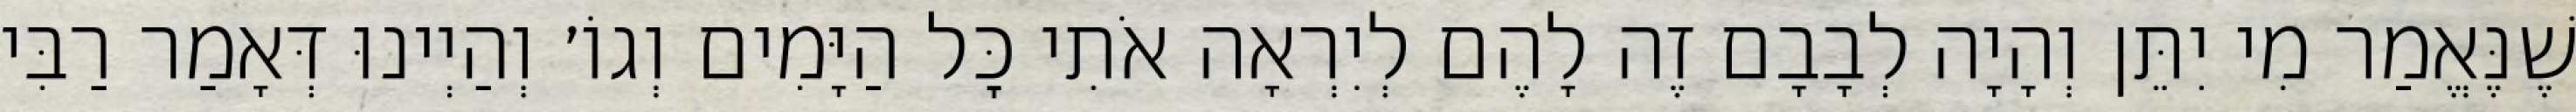
שֶׁנֶּאֱמַר מִי יִתֵּן וְהָיָה לְבָבָם זֶה לָהֶם לְיִרְאָה אֹתִי כׇּל הַיָּמִים וְגוֹ׳ וְהַיְינוּ דְּאָמַר רַבִּי